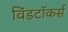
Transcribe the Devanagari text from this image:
विंडटॉकर्स